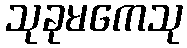
သုခုမကေသု